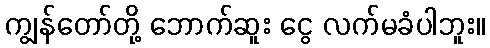
ကျွန်တော်တို့ ဘောက်ဆူး ငွေ လက်မခံပါဘူး။